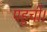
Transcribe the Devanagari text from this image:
पहुचीं।